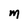
Character: M